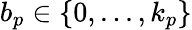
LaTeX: b_{p}\in\{ 0,...,k_{p}\}